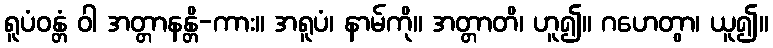
ရူပံဝန္တံ ဝါ အတ္တာနန္တိ-ကား။ အရူပံ၊ နာမ်ကို။ အတ္တာတိ၊ ဟူ၍။ ဂဟေတွာ၊ ယူ၍။